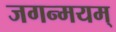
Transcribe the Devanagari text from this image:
जगन्मयम्